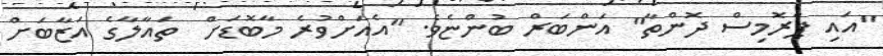
"އައި ޕްރޮމިސް ދޮންތާ" އަންބަރް ބުންޏެވެ. "އެއަށްވުރެ މާބޮޑަށް  ތައާލާގެ އަޒާބަށް